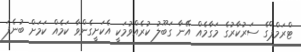
ޓްރަމްޕްގެ ސަރުކާރުގެ މަގާމެއް އޭނާ ގަބޫލު ކުރެއްވުމަކީ އެކަށީގެންވާ ކަމެއް ކަމަށް ބުނެފަ